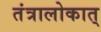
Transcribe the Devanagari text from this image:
तंत्रालोकात्